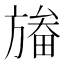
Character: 𣄏